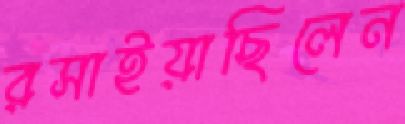
রসাইয়াছিলেন